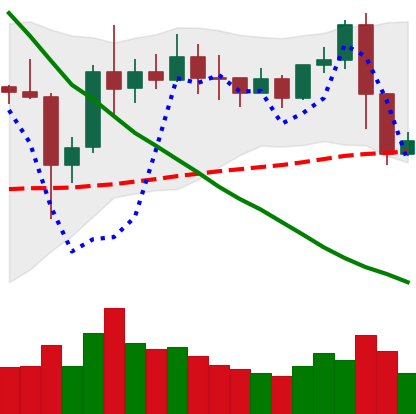
Ticker: XRP-USD
Chart end date: 2019-11-09
Forward return: -3.499%
Label: down_3_5